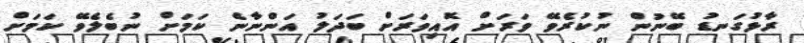
ރާޅުގަނޑު ބޭނުން ނުކުރެވޭ ވަރަށް އޮއިވަރަށް ބަދަލު އަންނާނެ ކަމަށް ނުބެލެވޭ ކަމަށް